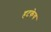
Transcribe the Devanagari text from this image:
हटकेच